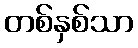
တစ်နှစ်သာ